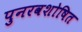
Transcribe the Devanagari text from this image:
पुनरवशोषित